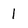
Character: 1